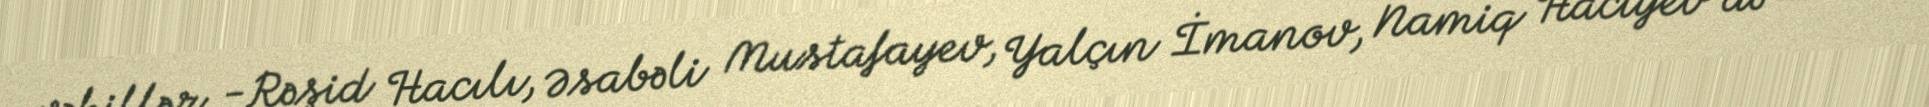
vəkillər -Rəşid Hacılı, Əsabəli Mustafayev, Yalçın İmanov, Namiq Hacıyev də imza